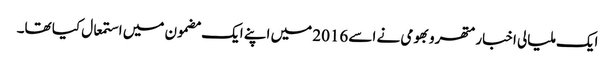
ایک ملیالی اخبار متھرو بھومی نے اسے 2016 میں اپنے ایک مضمون میں استمعال کیا تھا۔